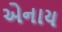
એનાય